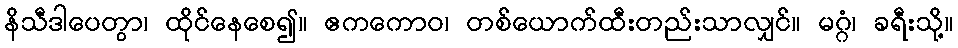
နိသီဒါပေတွာ၊ ထိုင်နေစေ၍။ ဧကကောဝ၊ တစ်ယောက်ထီးတည်းသာလျှင်။ မဂ္ဂံ၊ ခရီးသို့။